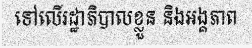
ទៅលើរដ្ឋាភិបាលខ្លួន និងអង្គភាព